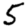
Digit: 5